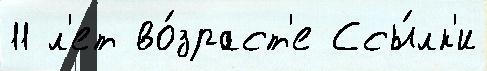
11 л'ет во́зраст'е Ссы́лк'и